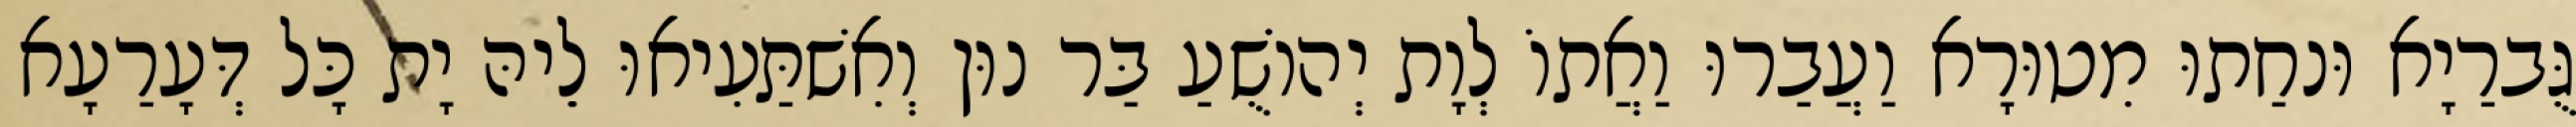
גֻּברַיָא וּנחַתוּ מִטוּרָא וַעֲבַרוּ וַאֲתוֹ לְוָת יְהוֹשֻׁעַ בַּר נוּן וְאִשׁתַּעִיאוּ לֵיהּ יָת כָּל דְּעָרַעָא